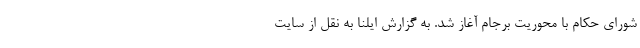
شورای حکام با محوریت برجام آغاز شد. به گزارش ایلنا به نقل از سایت